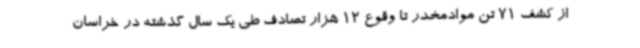
از کشف 71 تن موادمخدر تا وقوع 12 هزار تصادف طی یک سال گذشته در خراسان